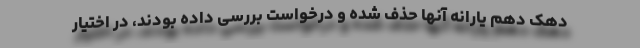
دهک دهم یارانه آنها حذف شده و درخواست بررسی داده بودند، در اختیار